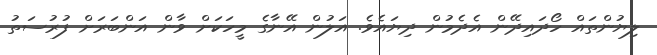
ލިޔުންތައް ހޯދައިދޭން އެދެމުން ދިޔައެވެ. އަލުން އޭނާގެ މީހަކަށް ވާން އަންބަރަށް ފުރުސަތު